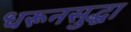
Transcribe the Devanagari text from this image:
धरूनसुद्धा